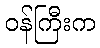
ဝန်ကြီးက